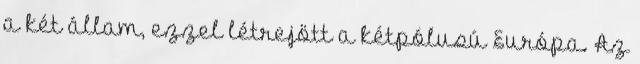
a két állam, ezzel létrejött a kétpólusú Európa. Az